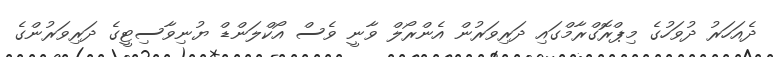
ދެއަހަރު ދުވަހުގެ މިޕްރޮގްރާމްގައި ދަރިވަރުން އެންރޯލް ވާނީ ވެސް އޯކްލަންޑް ޔުނިވާސިޓީގެ ދަރިވަރުންގެ